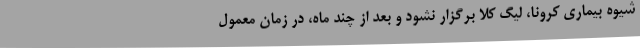
شیوه بیماری کرونا، لیگ کلا برگزار نشود و بعد از چند ماه، در زمان معمول